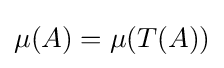
\mu (A)=\mu (T(A))